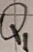
Text: Q1